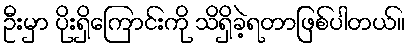
ဦးမှာ ပိုးရှိကြောင်းကို သိရှိခဲ့ရတာဖြစ်ပါတယ်။